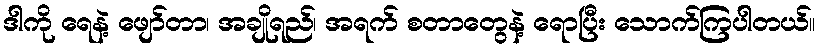
ဒါကို ရေနဲ့ ဖျော်တာ၊ အချိုရည်၊ အရက် စတာတွေနဲ့ ရောပြီး သောက်ကြပါတယ်။